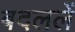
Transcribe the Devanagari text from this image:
बदललें